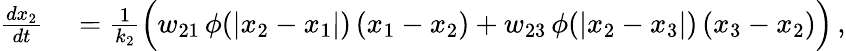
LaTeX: \begin{array}{rl}{\frac{dx_{2}}{dt}}&{{}=\frac{1}{k_{2}}\Big(w_{21}\, \phi(|x_{2}-x_{1}|)\, (x_{1}-x_{2})+w_{23}\, \phi(|x_{2}-x_{3}|)\, (x_{3}-x_{2})\Big)\, ,}\end{array}